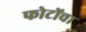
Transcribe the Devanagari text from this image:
फोटोंचा